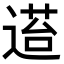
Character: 𬨴